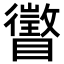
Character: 𪿂